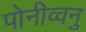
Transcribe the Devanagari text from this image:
पोनीव्वनु